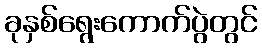
ခုနှစ်ရွေးကောက်ပွဲတွင်